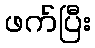
ဖက်ပြီး